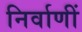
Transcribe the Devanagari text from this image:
निर्वाणीं